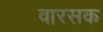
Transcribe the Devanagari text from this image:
वारसक